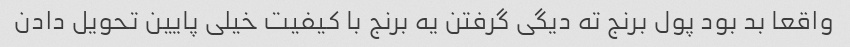
واقعا بد بود پول برنج ته دیگی گرفتن یه برنج با کیفیت خیلی پایین تحویل دادن